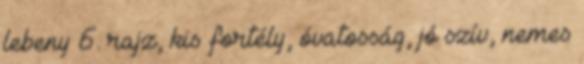
lebeny 6. rajz, kis fortély, óvatosság, jó szív, nemes